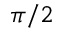
\pi / 2